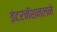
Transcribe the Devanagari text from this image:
इंटरनॅशनलने